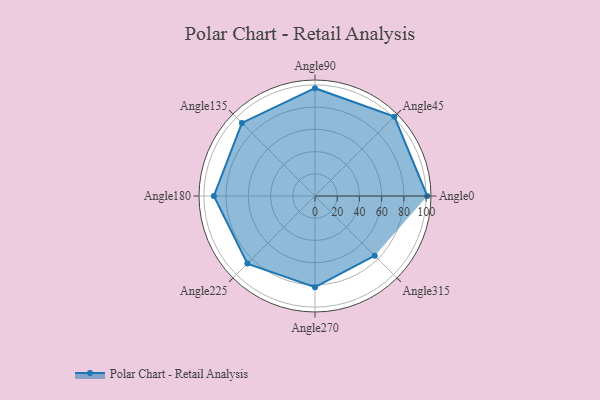
{"axis": {"x": "Angle", "y": "Radius"}, "legend": [""], "data": [{"x": "Angle0", "y": 101.0, "type": ""}, {"x": "Angle45", "y": 101.0, "type": ""}, {"x": "Angle90", "y": 97.0, "type": ""}, {"x": "Angle135", "y": 93.0, "type": ""}, {"x": "Angle180", "y": 91.0, "type": ""}, {"x": "Angle225", "y": 86.0, "type": ""}, {"x": "Angle270", "y": 82.0, "type": ""}, {"x": "Angle315", "y": 76.0, "type": ""}]}